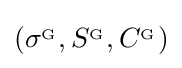
\left(\sigma ^{_{\mathrm {G} }},S^{_{\mathrm {G} }},C^{_{\mathrm {G} }}\right)